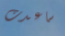
ساعدت